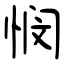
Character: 悯